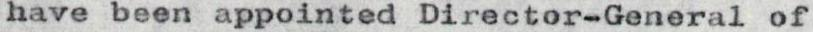
have been appointed Director-General of